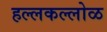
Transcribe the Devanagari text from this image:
हल्लकल्लोळ